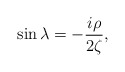
\begin{align*}\sin\lambda=-\frac{i\rho}{2\zeta},\end{align*}